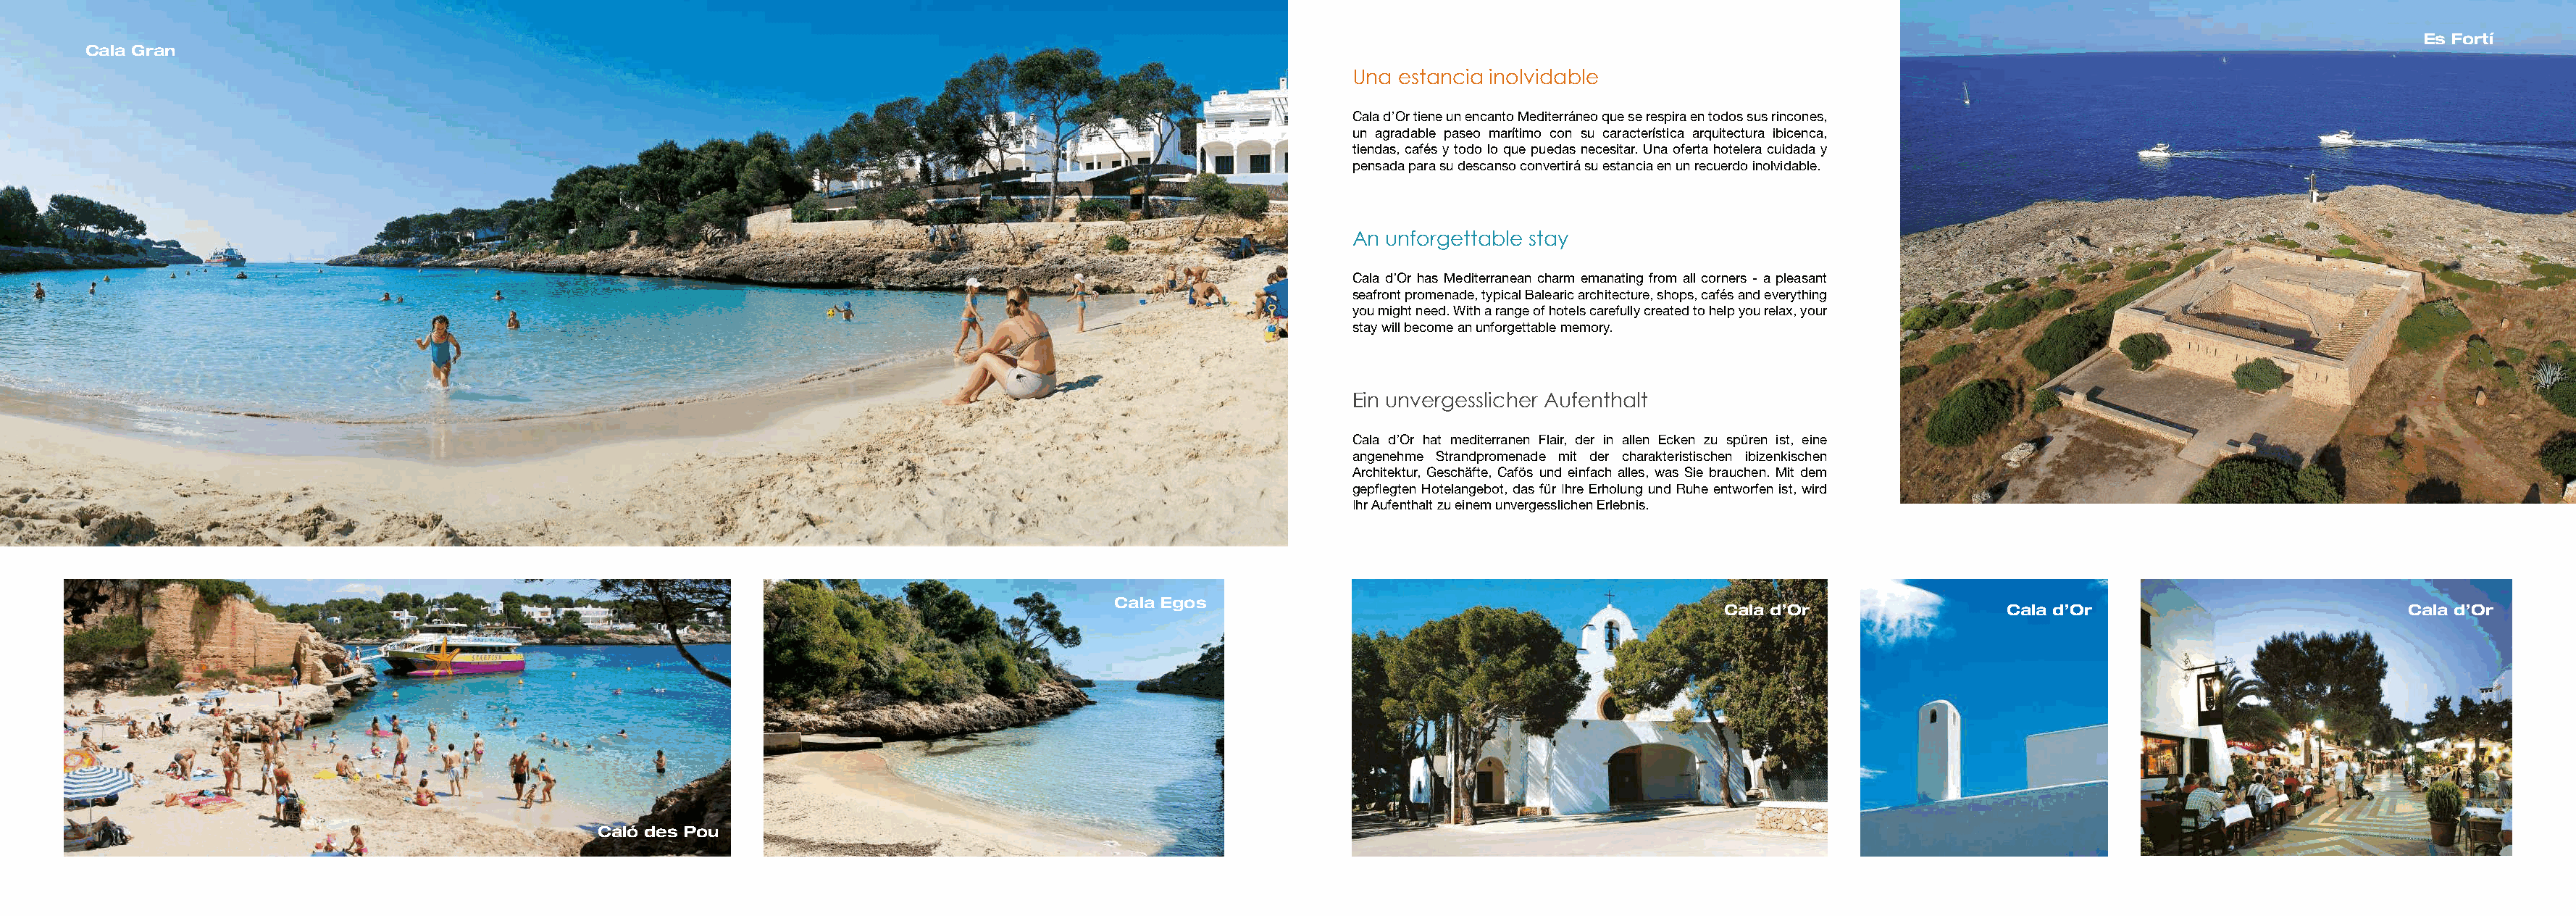
Es Fortí
 Cala Gran
 Una estancia inolvidable
 Cala d’Or tiene un encanto Mediterráneo que se respira en todos sus rincones,
 un agradable paseo marítimo con su característica arquitectura ibicenca,
 tiendas, cafés y todo lo que puedas necesitar. Una oferta hotelera cuidada y
 pensada para su descanso convertirá su estancia en un recuerdo inolvidable.
 An unforgettable stay
 Cala d’Or has Mediterranean charm emanating from all corners - a pleasant
 seafront promenade, typical Balearic architecture, shops, cafés and everything
 you might need. With a range of hotels carefully created to help you relax, your
 stay will become an unforgettable memory.
 Ein unvergesslicher Aufenthalt
 Cala d’Or hat mediterranen Flair, der in allen Ecken zu spüren ist, eine
 angenehme Strandpromenade mit der charakteristischen ibizenkischen
 Architektur, Geschäfte, Cafös und einfach alles, was Sie brauchen. Mit dem
 gepflegten Hotelangebot, das für Ihre Erholung und Ruhe entworfen ist, wird
 Ihr Aufenthalt zu einem unvergesslichen Erlebnis.
 Cala Egos
 Cala d’Or                Cala d’Or                            Cala d’Or
 Caló des Pou